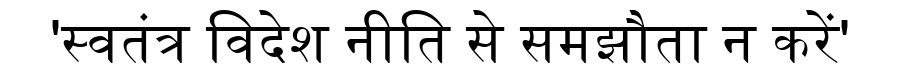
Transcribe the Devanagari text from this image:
'स्वतंत्र विदेश नीति से समझौता न करें'